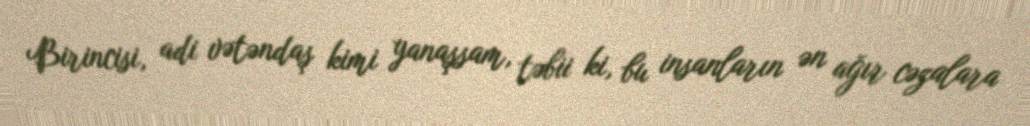
Birincisi, adi vətəndaş kimi yanaşsam, təbii ki, bu insanların ən ağır cəzalara